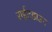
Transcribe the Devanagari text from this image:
राईटडाउन